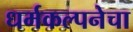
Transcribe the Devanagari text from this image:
धर्मकल्पनेचा